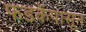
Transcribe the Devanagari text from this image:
फडकेंपासून